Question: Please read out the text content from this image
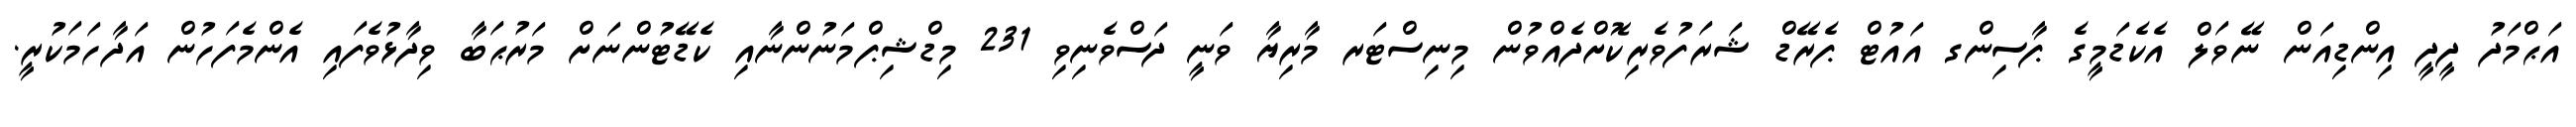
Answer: އަޙްމަދު ދީދީ އިންޑިއަން ނޭވަލް އެކެޑަމީގެ ޕާސިންގ އައުޓް ޕެރޭޑް ޝަރަފުވެރިކޮށްދެއްވުން މިނިސްޓަރ މާރިޔާ ވަނީ ދަސްވެނިވި 231 މިޑްޝިޕްމަނުންނާއި ކެޑޭޓުންނަށް މަރުޙަބާ ވިދާޅުވެފައި އެންމެފަހުން އަދާހަމަކުރީ.